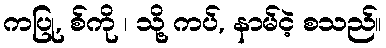
ကပြု, စ်ကို ၊ သို့ ကပ်, နာမ်ငဲ့ စသည်။